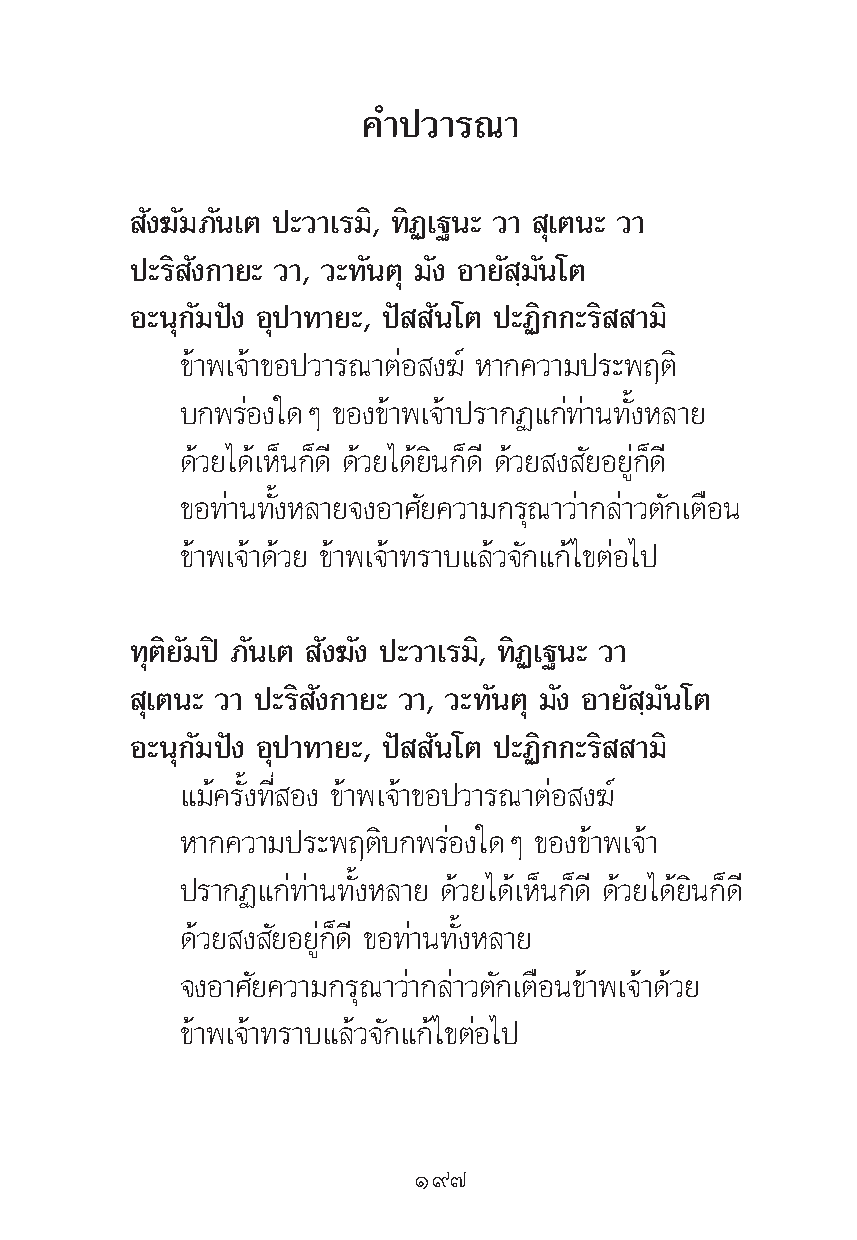
§”ª«“√≥“
 —ß¶—¡¿—π‡μ ª–«“‡√¡‘, ∑‘Ø‡∞π– «“ ÿ‡μπ– «“
 ª–√‘ —ß°“¬– «“, «–∑—πμÿ ¡—ß Õ“¬— ⁄¡—π‚μ
 Õ–πÿ°—¡ªíß Õÿª“∑“¬–, ªí —π‚μ ª–Ø‘°°–√‘ “¡‘
 ¢â“æ‡®â“¢Õª«“√≥“μàÕ ß¶å À“°§«“¡ª√–æƒμ‘
 ∫°æ√àÕß„¥Ê ¢Õß¢â“æ‡®â“ª√“°Ø·°à∑à“π∑—ÈßÀ≈“¬
 ¥â«¬‰¥â‡ÀÁπ°Á¥’ ¥â«¬‰¥â¬‘π°Á¥’ ¥â«¬ ß —¬Õ¬Ÿà°Á¥’
 ¢Õ∑à“π∑—ÈßÀ≈“¬®ßÕ“»—¬§«“¡°√ÿ≥“«à“°≈à“«μ—°‡μ◊Õπ
 ¢â“æ‡®â“¥â«¬ ¢â“æ‡®â“∑√“∫·≈â«®—°·°â‰¢μàÕ‰ª
 ∑ÿμ‘¬—¡ªî ¿—π‡μ —ß¶—ß ª–«“‡√¡‘, ∑‘Ø‡∞π– «“
 ÿ‡μπ– «“ ª–√‘ —ß°“¬– «“, «–∑—πμÿ ¡—ß Õ“¬— ⁄¡—π‚μ
 Õ–πÿ°—¡ªíß Õÿª“∑“¬–, ªí —π‚μ ª–Ø‘°°–√‘ “¡‘
 ·¡â§√—Èß∑’Ë Õß ¢â“æ‡®â“¢Õª«“√≥“μàÕ ß¶å
 À“°§«“¡ª√–æƒμ‘∫°æ√àÕß„¥Ê ¢Õß¢â“æ‡®â“
 ª√“°Ø·°à∑à“π∑—ÈßÀ≈“¬ ¥â«¬‰¥â‡ÀÁπ°Á¥’ ¥â«¬‰¥â¬‘π°Á¥’
 ¥â«¬ ß —¬Õ¬Ÿà°Á¥’ ¢Õ∑à“π∑—ÈßÀ≈“¬
 ®ßÕ“»—¬§«“¡°√ÿ≥“«à“°≈à“«μ—°‡μ◊Õπ¢â“æ‡®â“¥â«¬
 ¢â“æ‡®â“∑√“∫·≈â«®—°·°â‰¢μàÕ‰ª
 Ò˘˜